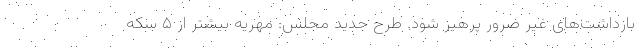
بازداشت‌های غیر ضرور پرهیز شود. طرح جدید مجلس: مهریه بیشتر از ۵ سکه